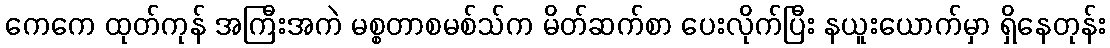
ကေကေ ထုတ်ကုန် အကြီးအကဲ မစ္စတာစမစ်သ်က မိတ်ဆက်စာ ပေးလိုက်ပြီး နယူးယောက်မှာ ရှိနေတုန်း